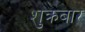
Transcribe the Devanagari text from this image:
शुक्रबार